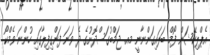
އެޕްލިކޭޝަން ފޯމް ބަލައިގަންނާނީ މއ. ޖަމްބުގަސްދޮށުގެ ދެ ވަނަ ފަންގިފިލާގައި ހުންނަ ވެމްކޯ